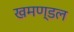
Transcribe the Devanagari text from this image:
खमण्डल